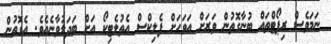
ނަމަވެސް ރިޕޯޓްތައް ބުނާގޮތުން ވަރަށް އަވަހަށް ފެލިކްސް އެތުލެޓިކޯ އަށް ބަދަލުވާނެއެވެ. އެގޮތުން